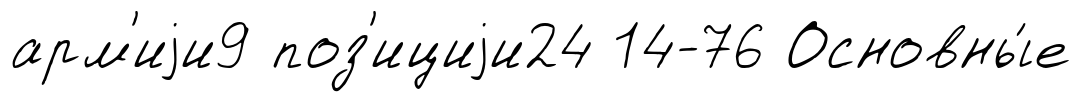
арм'иjи9 поз'ициjи24 14-76 Основны́е